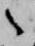
之